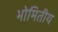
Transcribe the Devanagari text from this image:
भोमितीय